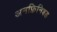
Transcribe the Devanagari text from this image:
अनफ़िनिश्ड